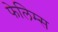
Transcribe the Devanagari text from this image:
फेलिम्स